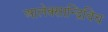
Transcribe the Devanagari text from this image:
आलेक्सान्द्रिविच